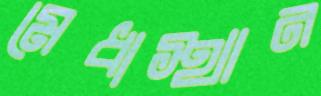
মেধাস্থান